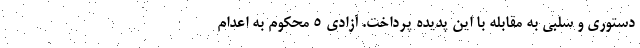
دستوری و سلبی به مقابله با این پدیده پرداخت. آزادی ۵ محکوم به اعدام